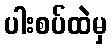
ပါးစပ်ထဲမှ